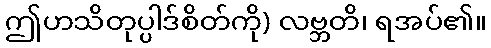
ဤဟသိတုပ္ပါဒ်စိတ်ကို) လဗ္ဘတိ၊ ရအပ်၏။